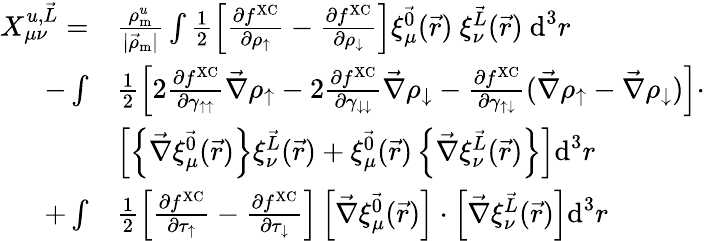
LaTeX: \begin{array}{rl}{X_{\mu\nu}^{u,\vec{L}}=}&{\frac{\rho_{\textrm{m}}^{u}}{|\vec{\rho}_{\textrm{m}}|}\int\frac{1}{2}\left[\frac{\partial f^{\mathrm{XC}}}{\partial\rho_{\uparrow}}-\frac{\partial f^{\mathrm{XC}}}{\partial\rho_{\downarrow}}\right]\xi_{\mu}^{\vec{0}}(\vec{r})~\xi_{\nu}^{\vec{L}}(\vec{r})~\textrm{d}^{3}r}\\ {-\int}&{\frac{1}{2}\left[2\frac{\partial f^{\mathrm{XC}}}{\partial\gamma_{\uparrow\uparrow}}\vec{\nabla}\rho_{\uparrow}-2\frac{\partial f^{\mathrm{XC}}}{\partial\gamma_{\downarrow\downarrow}}\vec{\nabla}\rho_{\downarrow}-\frac{\partial f^{\mathrm{XC}}}{\partial\gamma_{\uparrow\downarrow}}(\vec{\nabla}\rho_{\uparrow}-\vec{\nabla}\rho_{\downarrow})\right]\cdot}\\ &{\left[\left\{ \vec{\nabla}\xi_{\mu}^{\vec{0}}(\vec{r})\right\} \xi_{\nu}^{\vec{L}}(\vec{r})+\xi_{\mu}^{\vec{0}}(\vec{r})\left\{ \vec{\nabla}\xi_{\nu}^{\vec{L}}(\vec{r})\right\} \right]\textrm{d}^{3}r}\\ {+\int}&{\frac{1}{2}\left[\frac{\partial f^{\mathrm{XC}}}{\partial\tau_{\uparrow}}-\frac{\partial f^{\mathrm{XC}}}{\partial\tau_{\downarrow}}\right]\left[\vec{\nabla}\xi_{\mu}^{\vec{0}}(\vec{r})\right]\cdot\left[\vec{\nabla}\xi_{\nu}^{\vec{L}}(\vec{r})\right]\textrm{d}^{3}r}\end{array}